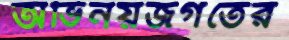
অভিনয়জগতের